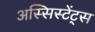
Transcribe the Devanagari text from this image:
अस्सिस्टेंट्स